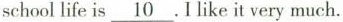
school life is \underline {10} .I like it very much.